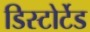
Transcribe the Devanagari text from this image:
डिस्टोर्टेड